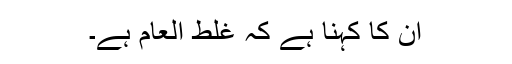
ان کا کہنا ہے کہ غلط العام ہے۔